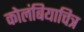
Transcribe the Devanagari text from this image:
कोलंबियाचित्र